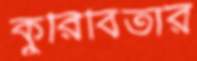
কুরিবিতার